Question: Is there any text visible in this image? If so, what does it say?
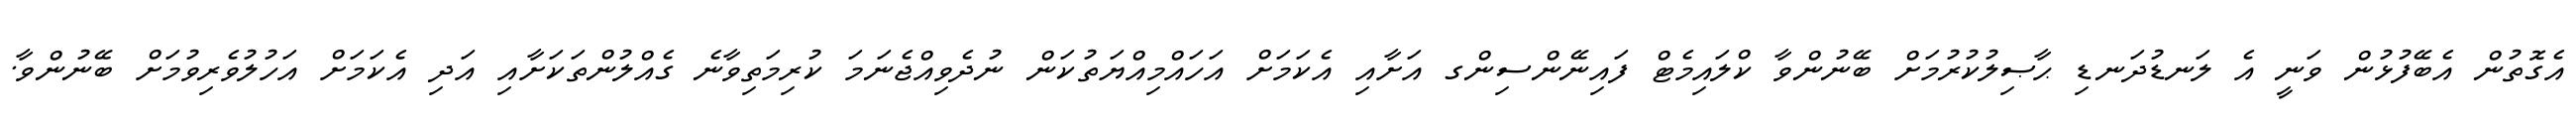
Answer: އެގޮތުން އެބޭފުޅުން ވަނީ އެ ލަނޑުދަނޑި ޙާޞިލުކުރުމަށް ބޭނުންވާ ކްލައިމެޓް ފައިނޭންސިންގ އަށާއި އެކަމަށް އަހައްމިއްޔަތުކަން ނުދެވިއްޖެނަމަ ކުރިމަތިވާނެ ގެއްލުންތަކަށާއި އަދި އެކަމަށް އަހުލުވެރިވުމަށް ބޭނުންވާ.